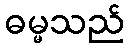
ဓမ္မသည်